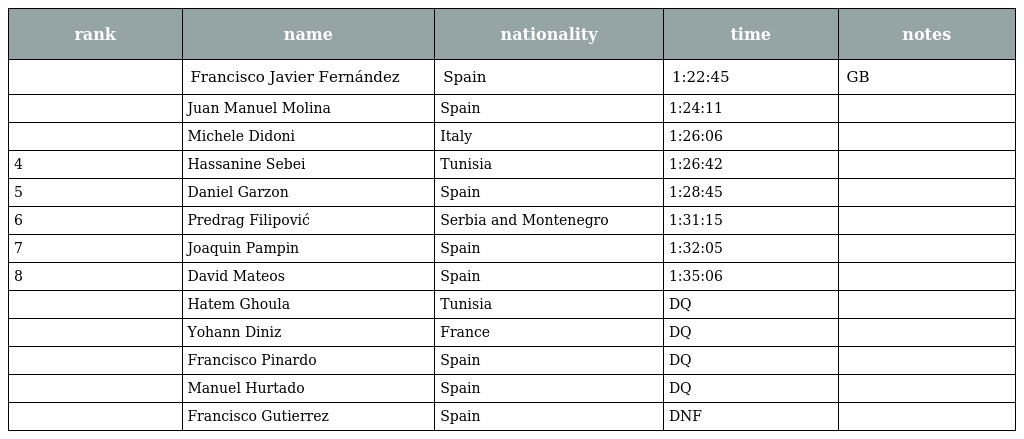
| rank | name | nationality | time | notes |
 | --- | --- | --- | --- | --- |
 |  | Francisco Javier Fernández | Spain | 1:22:45 | GB |
 |  | Juan Manuel Molina | Spain | 1:24:11 |  |
 |  | Michele Didoni | Italy | 1:26:06 |  |
 | 4 | Hassanine Sebei | Tunisia | 1:26:42 |  |
 | 5 | Daniel Garzon | Spain | 1:28:45 |  |
 | 6 | Predrag Filipović | Serbia and Montenegro | 1:31:15 |  |
 | 7 | Joaquin Pampin | Spain | 1:32:05 |  |
 | 8 | David Mateos | Spain | 1:35:06 |  |
 |  | Hatem Ghoula | Tunisia | DQ |  |
 |  | Yohann Diniz | France | DQ |  |
 |  | Francisco Pinardo | Spain | DQ |  |
 |  | Manuel Hurtado | Spain | DQ |  |
 |  | Francisco Gutierrez | Spain | DNF |  |